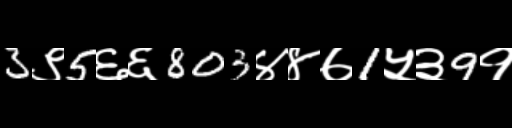
Text: 3९5६६803४४७1५३9१